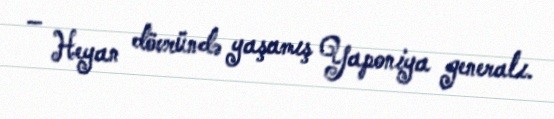
– Heyan dövründə yaşamış Yaponiya generalı.